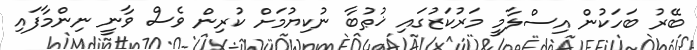
ބޭރު ބަހަކުން އިސްލާމީ މަރުކަޒުގައި ޚުޠުބާ ނުކިޔުމަށް ކުރިން ވެސް ވާނީ ނިންމާފައި